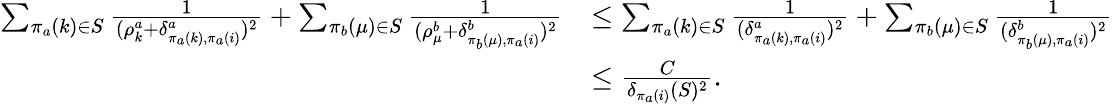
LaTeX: \begin{array}{rl}{\sum_{\pi_{a}(k)\in S}\frac{1}{(\rho_{k}^{a}+\delta_{\pi_{a}(k),\pi_{a}(i)}^{a})^{2}}+\sum_{\pi_{b}(\mu)\in S}\frac{1}{(\rho_{\mu}^{b}+\delta_{\pi_{b}(\mu),\pi_{a}(i)}^{b})^{2}}}&{\le\sum_{\pi_{a}(k)\in S}\frac{1}{(\delta_{\pi_{a}(k),\pi_{a}(i)}^{a})^{2}}+\sum_{\pi_{b}(\mu)\in S}\frac{1}{(\delta_{\pi_{b}(\mu),\pi_{a}(i)}^{b})^{2}}}\\ &{\le\frac{C}{\delta_{\pi_{a}(i)}(S)^{2}}.}\end{array}